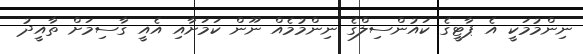
ނިންމުމަކީ އެ ޕާޓީގެ ކައުންސިލްގެ ނިންމުމެއް ނޫން ކަމަށާއި އެއީ ގާސިމަށް ތާއީދު